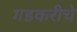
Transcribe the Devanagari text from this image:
गडकरीचे